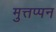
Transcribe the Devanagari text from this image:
मुत्तप्पन